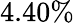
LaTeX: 4.40\%